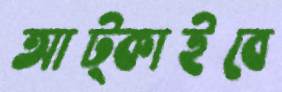
আট্‌কাইবে